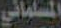
المسلماني